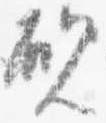
硯